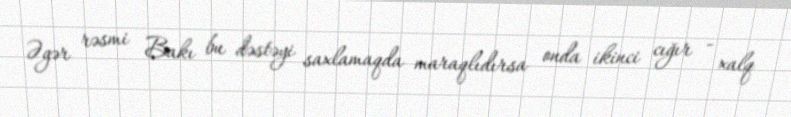
Əgər rəsmi Bakı bu dəstəyi saxlamaqda maraqlıdırsa onda ikinci cığır - xalq